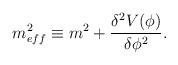
LaTeX: \begin{align*}m_{eff}^2 \equiv m^2 + \frac{{\delta}^2 V({\phi})}{{\delta} {\phi}^2}.\end{align*}